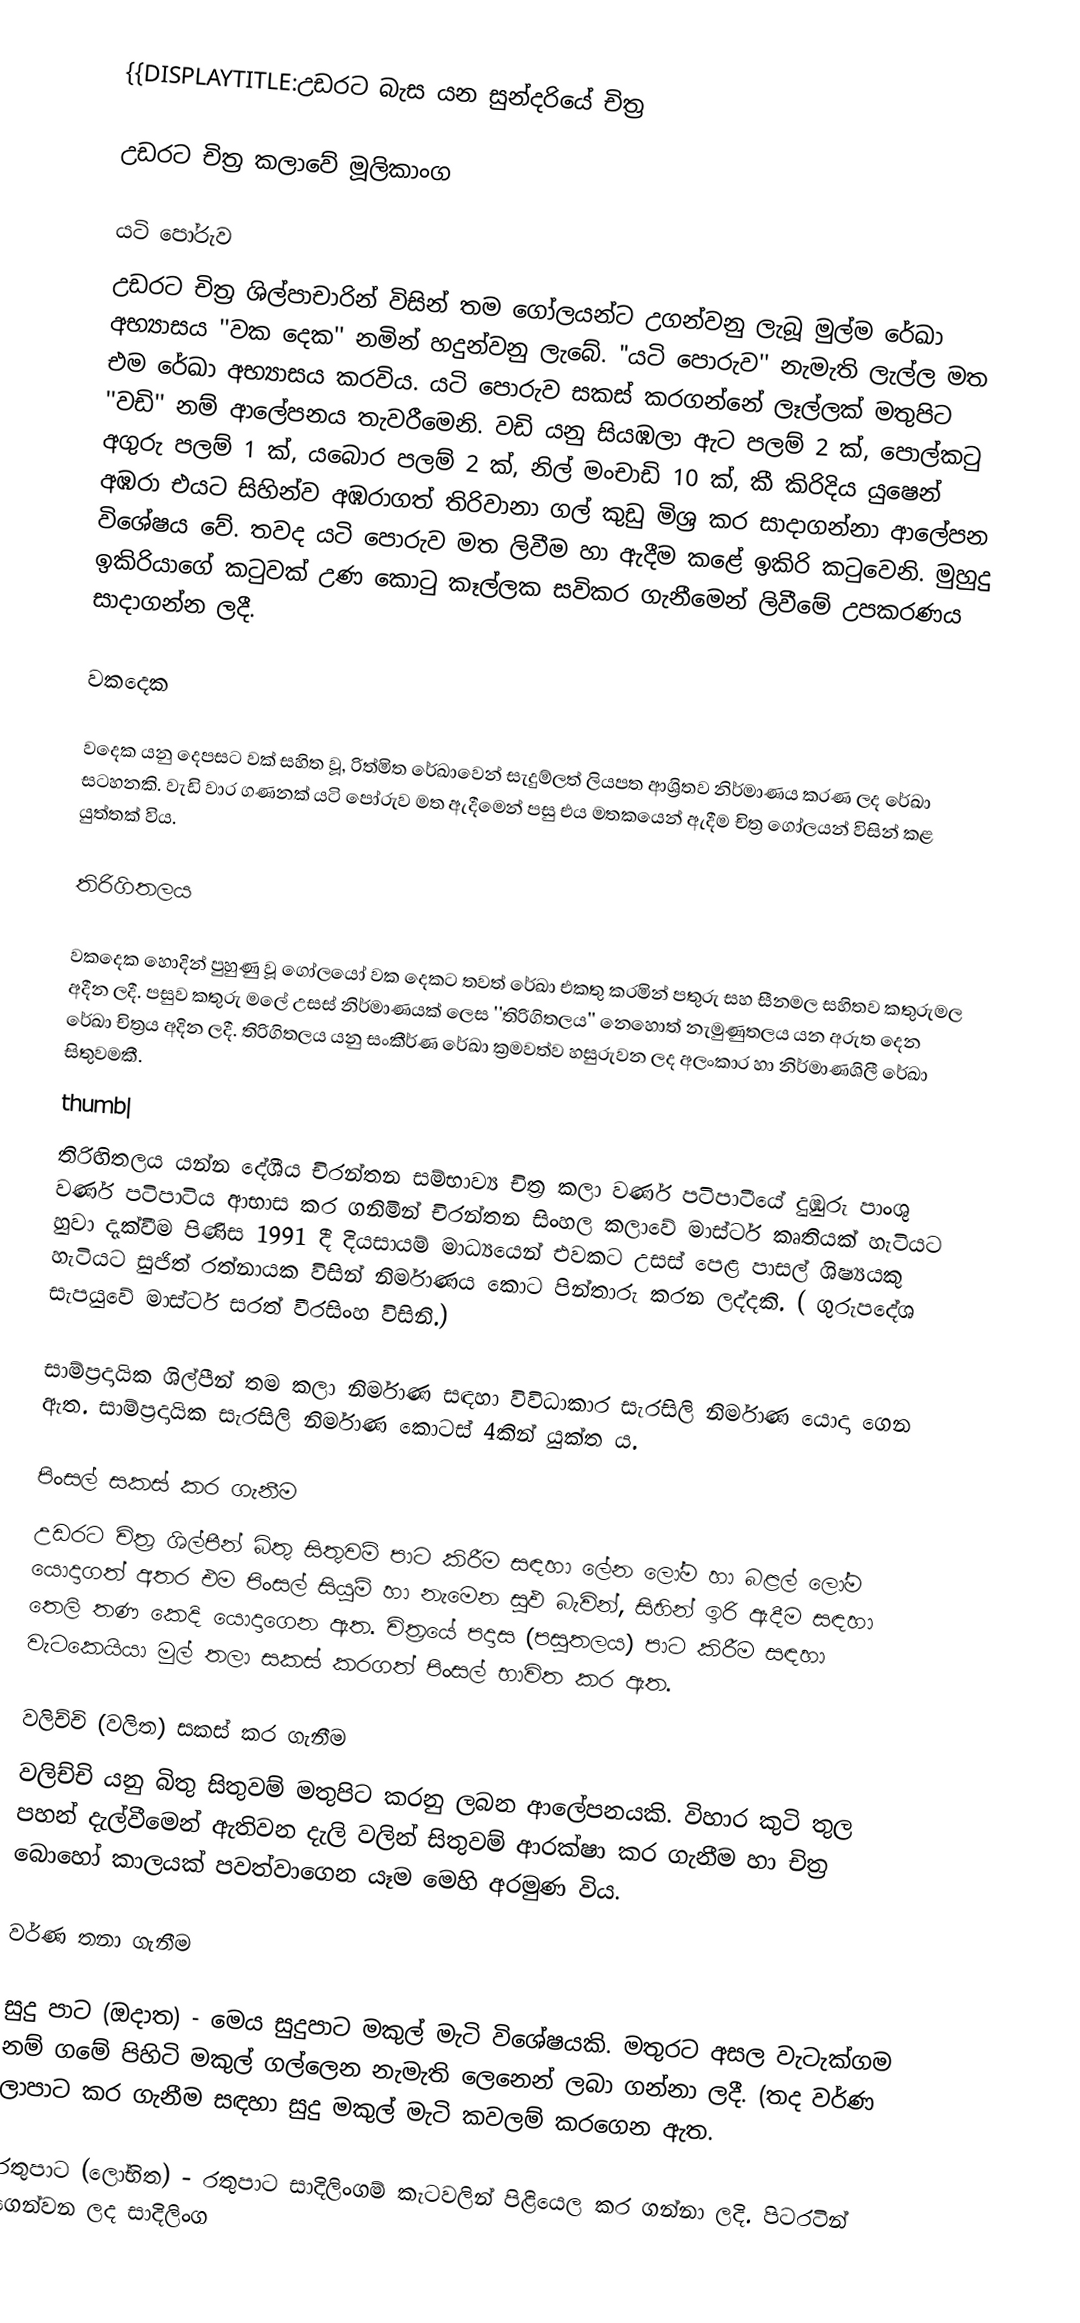
{{DISPLAYTITLE:උඩරට බැස යන සුන්දරියේ  චිත්‍ර

උඩරට චිත්‍ර කලාවේ මූලිකාංග

යටි පෝරුව
උඩරට චිත්‍ර ශිල්පාචාරින් විසින් තම ගෝලයන්ට උගන්වනු ලැබූ මුල්ම රේඛා අභ්‍යාසය ''වක දෙක'' නමින් හදුන්වනු ලැබේ. "යටි පොරුව'' නැමැති ලැල්ල මත එම රේඛා අභ්‍යාසය කරවිය. යටි පොරුව සකස් කරගන්නේ ලෑල්ලක් මතුපිට ''වඩි'' නම් ආලේපනය තැවරීමෙනි. වඩි යනු‍ සියඹලා ඇට පලම් 2 ක්, පොල්කටු අගුරු පලම් 1 ක්, යබොර පලම් 2 ක්, නිල් මංචාඩි 10 ක්, කී කිරිදිය යුෂෙන් අඹරා එයට සිහින්ව අඹරාගත් තිරිවානා ගල් කුඩු මිශ්‍ර කර සාදාගන්නා ආලේපන විශේෂය වේ. තවද යටි පොරුව මත ලිවීම හා ඇදීම කළේ ඉකිරි කටුවෙනි. මුහුදු ඉකිරියාගේ කටුවක් උණ කොටු කෑල්ලක සවිකර ගැනීමෙන් ලිවීමේ උපකරණය සාදාගන්න ලදී.

වකදෙක

වදෙක යනු දෙපසට වක් සහිත වූ, රිත්මිත රේඛාවෙන් සැදුම්ලත් ලියපත ආශ්‍රිතව නිර්මාණය කරණ ලද රේඛා සටහනකි. වැඩි වාර ගණනක් යටි පෝරුව මත ඇදීමෙන් පසු එය මතකයෙන් ඇදීම චිත්‍ර ගෝලයන් විසින් කළ යුත්තක් විය.

තිරිගිතලය

වකදෙක හොදින් පුහුණු වූ ගෝලයෝ වක දෙකට තවත් රේඛා එකතු කරමින් පතුරු සහ සීනමල සහිතව කතුරුමල අදීන ලදී. පසුව කතුරු මලේ උසස් නිර්මාණයක් ලෙස ''තිරිගිතලය'' නෙහොත් නැමුණුතලය යන අරුත දෙන රේඛා චිත්‍රය අදින ලදී. තිරිගිතලය යනු සංකීර්ණ රේඛා ක්‍රමවත්ව හසුරුවන ලද අලංකාර හා නිර්මාණශිලී රේඛා සිතුවමකී.
thumb|
තිරිඟිතලය යන්න දේශීය චිරන්තන සම්භාව්‍ය චිත්‍ර කලා වර්ණ පටිපාටීයේ  දුඹුරු පාංශු වර්ණ පටිපාටිය ආභාස කර ගනිමින් චිරන්තන සිංහල කලාවේ මාස්ටර් කෘතියක් හැටියට හුවා දැක්වීම පිණිස 1991 දී දියසායම් මාධ්‍යයෙන් එවකට උසස් පෙළ පාසල් ශිෂ්‍යයකු හැටියට සුජිත් රත්නායක විසින් නිර්මාණය කොට පින්තාරු කරන ලද්දකි. ( ගුරුපදේශ සැපයුවේ මාස්ටර් සරත් වීරසිංහ විසිනි.)

සාම්ප්‍රදායික ශිල්පීන් තම කලා නිර්මාණ සඳහා විවිධාකාර සැරසිලි නිර්මාණ යොදා ගෙන ඇත. සාම්ප්‍රදායික සැරසිලි නිර්මාණ කොටස් 4කින් යුක්ත ය.

පිංසල් සකස් කර ගැනීම
උඩරට චිත්‍ර ශිල්පීන් බිතු සිතුවම් පාට කිරීම සඳහා ලේන ලෝම හා බළල් ලෝම යොදාගත් අතර එම පිංසල් සියුම් හා නැමෙන සුඵ බැවින්, සිහින් ඉරි ඇදීම සඳහා තෙලි තණ කෙදි යොදාගෙන ඇත. චිත්‍රයේ පදාස (පසුතලය) පාට කිරීම සඳහා වැටකෙයියා මුල් තලා සකස් කරගත් පිංසල් භාවිත කර ඇත.

වලිච්චි (වලිත) සකස් කර ගැනීම
වලිච්චි යනු බිතු සිතුවම් මතුපිට කරනු ලබන ආලේපනයකි. විහාර කුටි තුල පහන් දැල්වීමෙන් ඇතිවන දැලි වලින් සිතුවම් ආරක්ෂා කර ගැනීම හා චිත්‍ර බොහෝ කාලයක් පවත්වාගෙන යෑම මෙහි අරමුණ විය.

වර්ණ තනා ගැනීම

 සුදු පාට (ඔදාත) -  මෙය සුදුපාට මකුල් මැටි විශේෂයකි. මතුරට අසල වැටැක්ගම නම් ගමේ පිහිටි මකුල් ගල්ලෙන නැමැති ලෙනෙන් ලබා ගන්නා ලදී. (තද වර්ණ ලාපාට කර ගැනීම සඳහා සුදු මකුල් මැටි කවලම් කරගෙන ඇත.

 රතුපාට (ලෝභිත) -  රතුපාට සාදිලිංගම් කැටවලින් පිළියෙල කර ගන්නා ලදි. පිටරටින් ගෙන්වන ලද සාදිලිංග